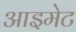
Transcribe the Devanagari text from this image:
आइमेट